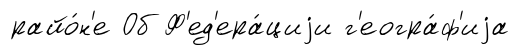
райо́н'е Об Ф'ед'ера́циjи г'еогра́ф'иjа